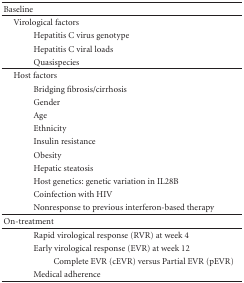
<table><thead><tr><td><b>Baseline</b></td></tr></thead><tbody><tr><td> Virological factors</td></tr><tr><td>Hepatitis C virus genotype</td></tr><tr><td>Hepatitis C viral loads</td></tr><tr><td>Quasispecies</td></tr><tr><td> Host factors</td></tr><tr><td>Bridging fibrosis/cirrhosis</td></tr><tr><td>Gender</td></tr><tr><td>Age</td></tr><tr><td>Ethnicity</td></tr><tr><td>Insulin resistance</td></tr><tr><td>Obesity</td></tr><tr><td>Hepatic steatosis</td></tr><tr><td>Host genetics: genetic variation in IL28B</td></tr><tr><td>Coinfection with HIV</td></tr><tr><td>Nonresponse to previous interferon-based therapy</td></tr><tr><td>On-treatment</td></tr><tr><td>Rapid virological response (RVR) at week 4</td></tr><tr><td>Early virological response (EVR) at week 12</td></tr><tr><td>Complete EVR (cEVR) versus Partial EVR (pEVR)</td></tr><tr><td>Medical adherence</td></tr></tbody></table>